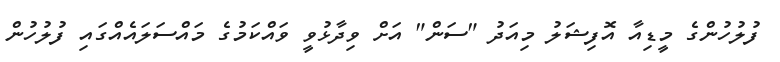
ފުލުހުންގެ މީޑިއާ އޮފިޝަލު މިއަދު "ސަން" އަށް ވިދާޅުވީ ވައްކަމުގެ މައްސަލައެއްގައި ފުލުހުން